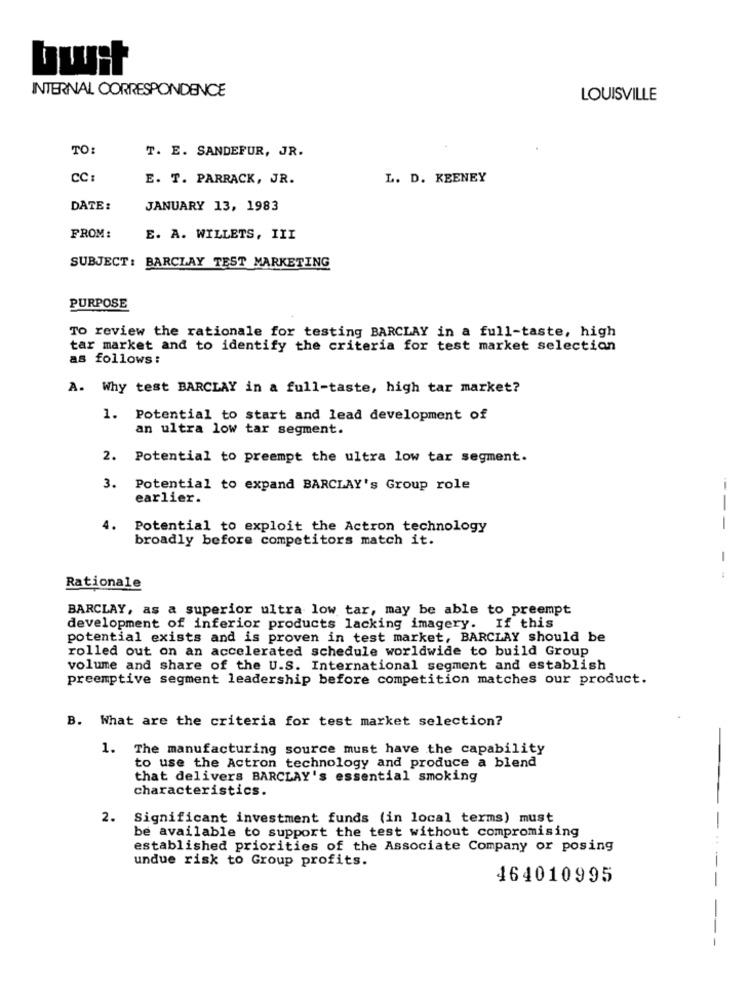
bwit
INTERNAL CORRESPONDENCE
LOUISVILLE
TO:
T. E. SANDEFUR, JR.
CC
E. T. PARRACK, JR.
L. D. KEENEY
DATE:
JANUARY 13, 1983
FROM:
E. A. WILLETS, III
SUBJECT: BARCLAY TEST MARKETING
PURPOSE
To review the rationale for testing BARCLAY in a full-taste, high
tar market and to identify the criteria for test market selection
as follows:
A. Why test BARCLAY in a full-taste, high tar market?
1. Potential to start and lead development of
an ultra low tar segment.
2. Potential to preempt the ultra low tar segment.
3. Potential to expand BARCLAY's Group role
earlier.
4.
Potential to exploit the Actron technology
broadly before competitors match it.
-
Rationale
BARCLAY, as a superior ultra low tar, may be able to preempt
development of inferior products lacking imagery. If this
potential exists and is proven in test market, BARCLAY should be
rolled out on an accelerated schedule worldwide to build Group
volume and share of the U.S. International segment and establish
preemptive segment leadership before competition matches our product.
B. What are the criteria for test market selection?
1. The manufacturing source must have the capability
to use the Actron technology and produce a blend
that delivers BARCLAY's essential smoking
characteristics.
2.
Significant investment funds (in local terms) must
be available to support the test without compromising
established priorities of the Associate Company or posing
undue risk to Group profits.
464010995
---